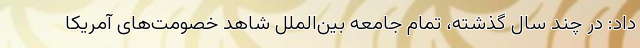
داد: در چند سال گذشته، تمام جامعه بین‌الملل شاهد خصومت‌های آمریکا